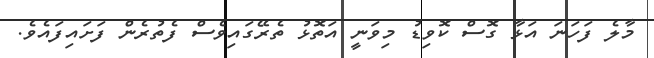
މާލެ ފަހަނަ އަޅާ ގޮސް ކޮވިޑު މިވަނީ އަތޮޅު ތެރޭގައިވެސް ފެތުރެން ފަށައިފައެވެ.